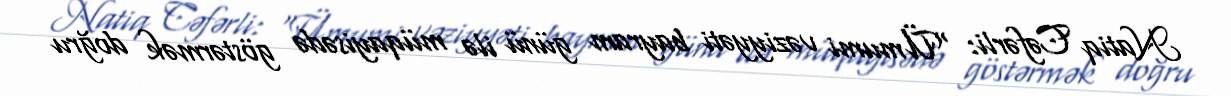
Natiq Cəfərli: “Ümumi vəziyyəti bayram günü ilə müqayisədə göstərmək doğru